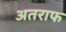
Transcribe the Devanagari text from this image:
अतराफ